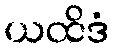
ယထိဒံ